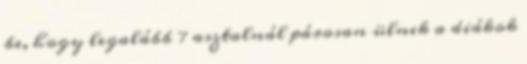
be, hogy legalább 7 asztalnál párosan ülnek a diákok